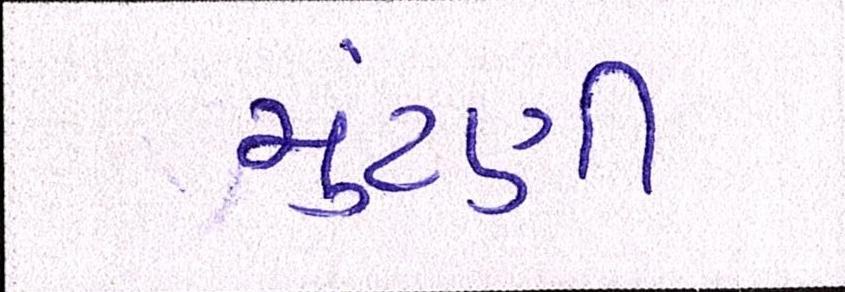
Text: ચુંટણી